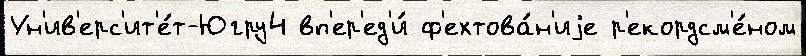
Ун'ив'ерс'ит'е́т-Югру4 вп'ер'ед'и́ ф'ехтова́н'иjе р'екордсм'е́ном